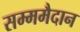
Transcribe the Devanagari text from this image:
सम्ममैदान